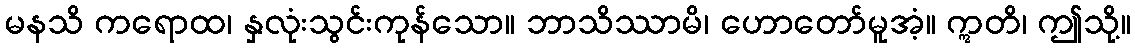
မနသိ ကရောထ၊ နှလုံးသွင်းကုန်သော။ ဘာသိဿာမိ၊ ဟောတော်မူအံ့။ ဣတိ၊ ဤသို့။